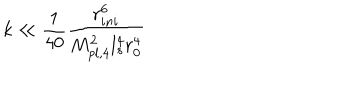
LaTeX: k \ll \frac { 1 } { 4 0 } \frac { r _ { i n i } ^ { 6 } } { M _ { p l , 4 } ^ { 2 } l _ { s } ^ { 4 } r _ { 0 } ^ { 4 } }